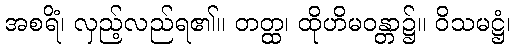
အစရိံ၊ လှည့်လည်ရ၏။ တတ္ထ၊ ထိုဟိမဝန္တာ၌။ ဝိသမဋ္ဌံ၊